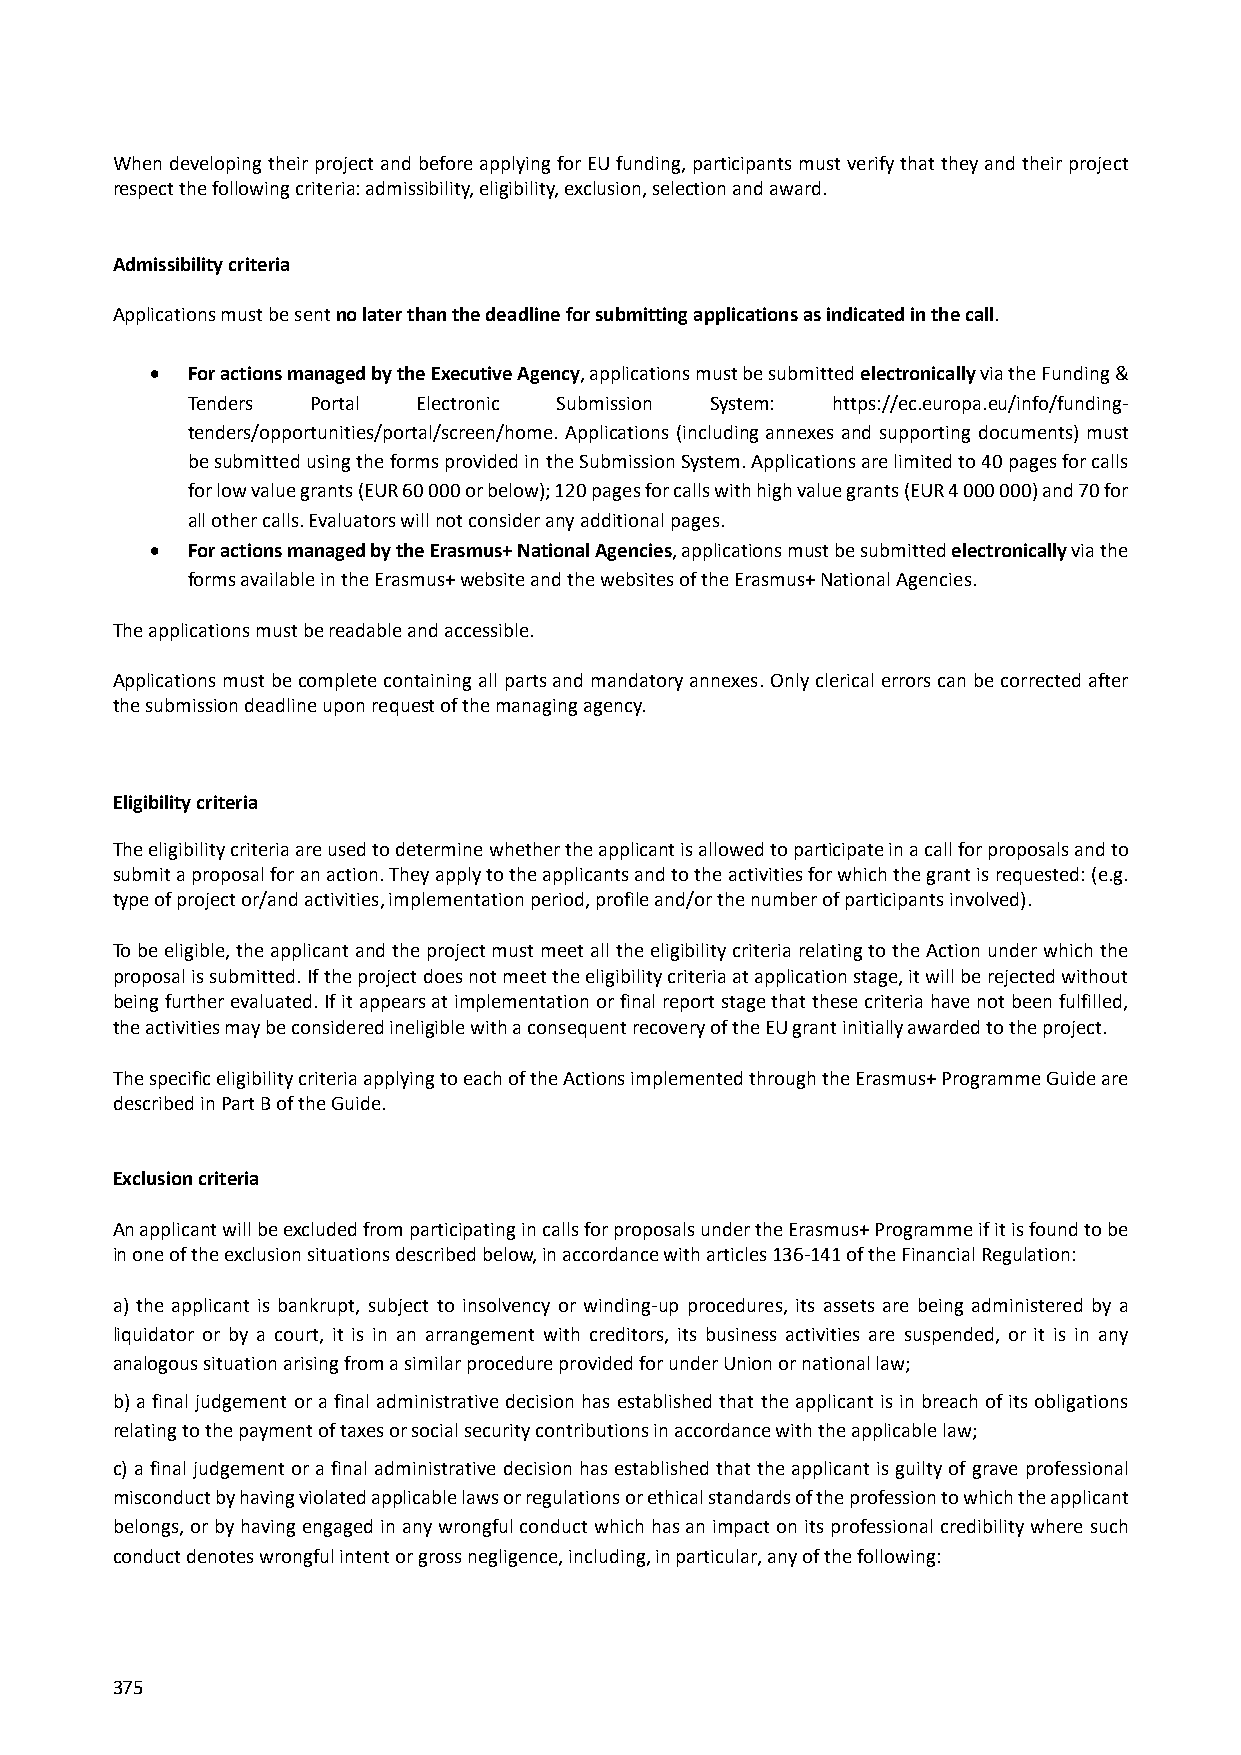
When developing their project and before applying for EU funding, participants must verify that they and their project
 respect the following criteria: admissibility, eligibility, exclusion, selection and award.
 Admissibility criteria
 Applications must be sent no later than the deadline for submitting applications as indicated in the call.
  For actions managed by the Executive Agency, applications must be submitted electronically via the Funding &
 Tenders  Portal Electronic Submission System: https://ec.europa.eu/info/funding‐
 tenders/opportunities/portal/screen/home. Applications (including annexes and supporting documents) must
 be submitted using the forms provided in the Submission System. Applications are limited to 40 pages for calls
 for low value grants (EUR 60 000 or below); 120 pages for calls with high value grants (EUR 4 000 000) and 70 for
 all other calls. Evaluators will not consider any additional pages.
  For actions managed by the Erasmus+ National Agencies, applications must be submitted electronically via the
 forms available in the Erasmus+ website and the websites of the Erasmus+ National Agencies.
 The applications must be readable and accessible.
 Applications must be complete containing all parts and mandatory annexes. Only clerical errors can be corrected after
 the submission deadline upon request of the managing agency.
 Eligibility criteria
 The eligibility criteria are used to determine whether the applicant is allowed to participate in a call for proposals and to
 submit a proposal for an action. They apply to the applicants and to the activities for which the grant is requested: (e.g.
 type of project or/and activities, implementation period, profile and/or the number of participants involved).
 To be eligible, the applicant and the project must meet all the eligibility criteria relating to the Action under which the
 proposal is submitted. If the project does not meet the eligibility criteria at application stage, it will be rejected without
 being further evaluated. If it appears at implementation or final report stage that these criteria have not been fulfilled,
 the activities may be considered ineligible with a consequent recovery of the EU grant initially awarded to the project.
 The specific eligibility criteria applying to each of the Actions implemented through the Erasmus+ Programme Guide are
 described in Part B of the Guide.
 Exclusion criteria
 An applicant will be excluded from participating in calls for proposals under the Erasmus+ Programme if it is found to be
 in one of the exclusion situations described below, in accordance with articles 136‐141 of the Financial Regulation:
 a) the applicant is bankrupt, subject to insolvency or winding‐up procedures, its assets are being administered by a
 liquidator or by a court, it is in an arrangement with creditors, its business activities are suspended, or it is in any
 analogous situation arising from a similar procedure provided for under Union or national law;
 b) a final judgement or a final administrative decision has established that the applicant is in breach of its obligations
 relating to the payment of taxes or social security contributions in accordance with the applicable law;
 c) a final judgement or a final administrative decision has established that the applicant is guilty of grave professional
 misconduct by having violated applicable laws or regulations or ethical standards of the profession to which the applicant
 belongs, or by having engaged in any wrongful conduct which has an impact on its professional credibility where such
 conduct denotes wrongful intent or gross negligence, including, in particular, any of the following:
 375